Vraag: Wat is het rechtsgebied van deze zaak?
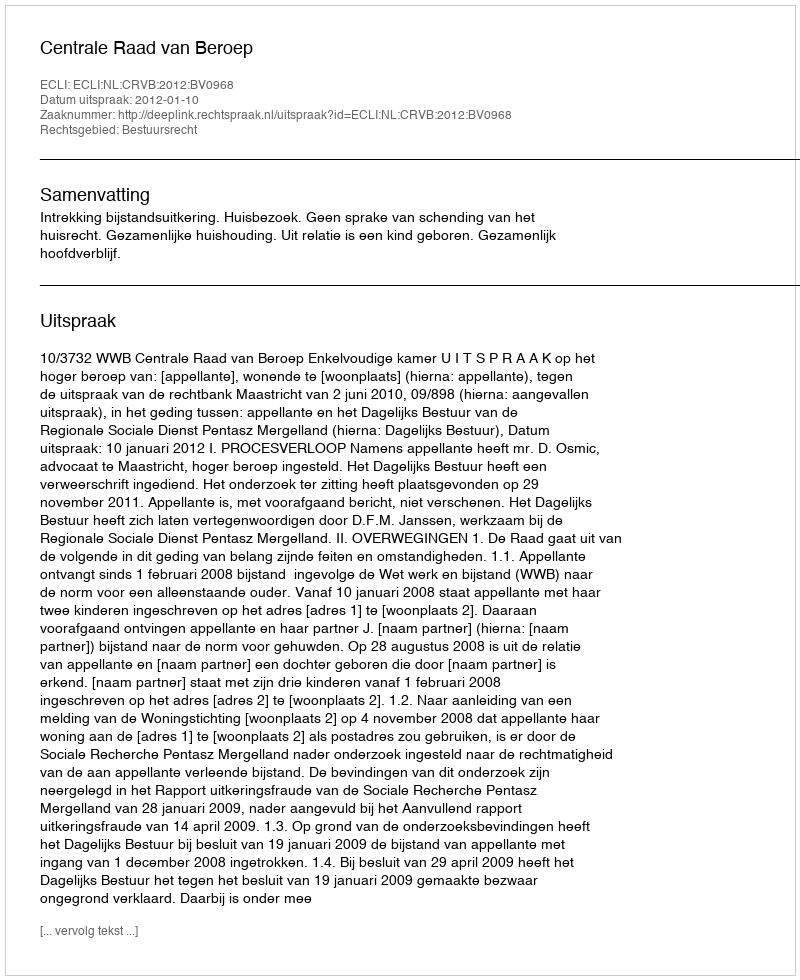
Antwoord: Bestuursrecht